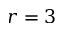
r = 3